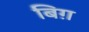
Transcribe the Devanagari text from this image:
बिग़